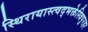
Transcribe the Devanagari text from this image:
स्थिरायास्त्वद्भक्तेस्त्रिपुरहर